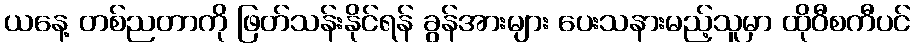
ယနေ့ တစ်ညတာကို ဖြတ်သန်းနိုင်ရန် ခွန်အားများ ပေးသနားမည့်သူမှာ ထိုဝီစကီပင်